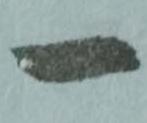
一